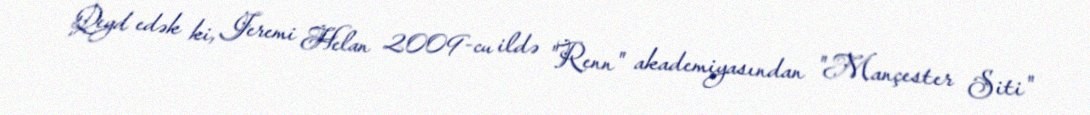
Qeyd edək ki, Jeremi Helan 2009-cu ildə "Renn" akademiyasından "Mançester Siti"